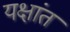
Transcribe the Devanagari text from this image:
यक्षांत